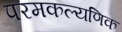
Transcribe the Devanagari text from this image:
परमकल्यणिक